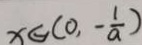
x \in ( 0 , - \frac { 1 } { a } )